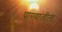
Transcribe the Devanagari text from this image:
पाण्यांतील